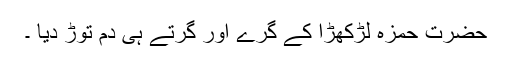
حضرت حمزہؓ لڑکھڑا کے گرے اور گرتے ہی دم توڑ دیا ۔